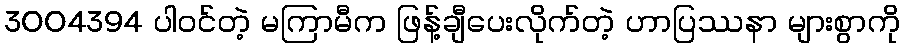
3004394 ပါ၀င်တဲ့ မကြာမီက ဖြန့်ချီပေးလိုက်တဲ့ ဟာပြဿနာ များစွာကို